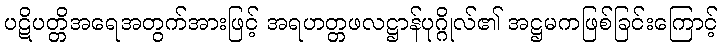
ပဋိပတ္တိအရေအတွက်အားဖြင့် အရဟတ္တဖလဋ္ဌာန်ပုဂ္ဂိုလ်၏ အဋ္ဌမကဖြစ်ခြင်းကြောင့်